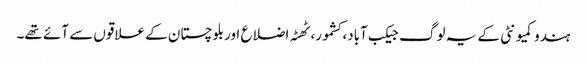
ہندو کمیونٹی کے یہ لوگ جیکب آباد، کشمور، ٹھٹہ اضلاع اور بلوچستان کے علاقوں سے آئے تھے۔